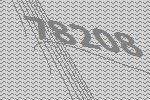
78208